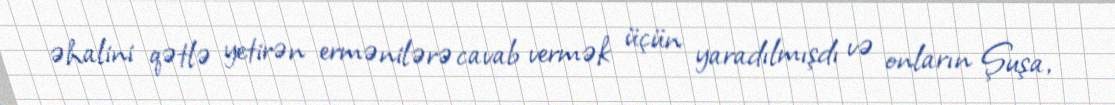
əhalini qətlə yetirən ermənilərə cavab vermək üçün yaradılmışdı və onların Şuşa,